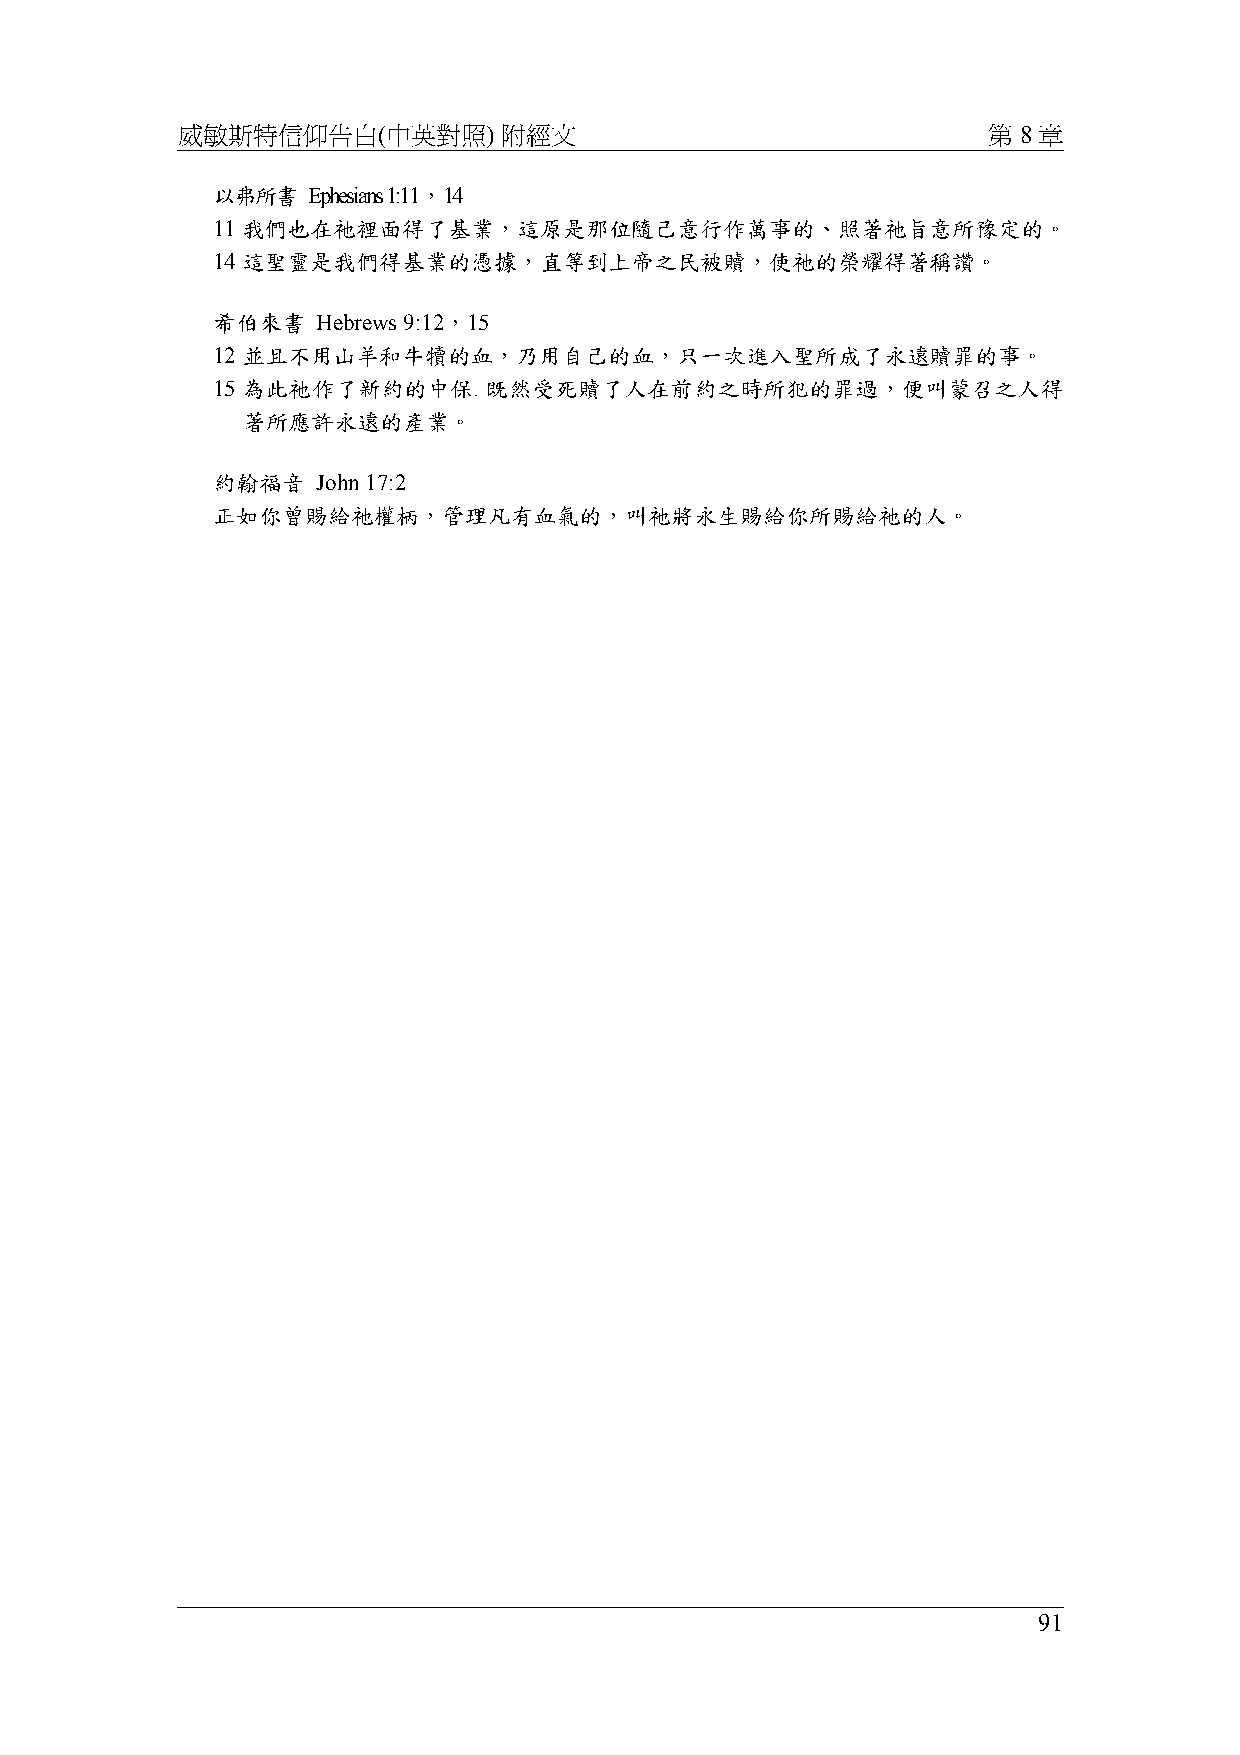
威敏斯特信仰告白(中英對照)       附經文                             第 8 章
 以弗所書  Ephesians 1:11，14
 11 我們也在祂裡面得了基業，這原是那位隨己意行作萬事的、照著祂旨意所豫定的。
 14 這聖靈是我們得基業的憑據，直等到上帝之民被贖，使祂的榮耀得著稱讚。
 希伯來書   Hebrews 9:12，15
 12 並且不用山羊和牛犢的血，乃用自己的血，只一次進入聖所成了永遠贖罪的事。
 15 為此祂作了新約的中保.    既然受死贖了人在前約之時所犯的罪過，便叫蒙召之人得
 著所應許永遠的產業。
 約翰福音   John 17:2
 正如你曾賜給祂權柄，管理凡有血氣的，叫祂將永生賜給你所賜給祂的人。
 91